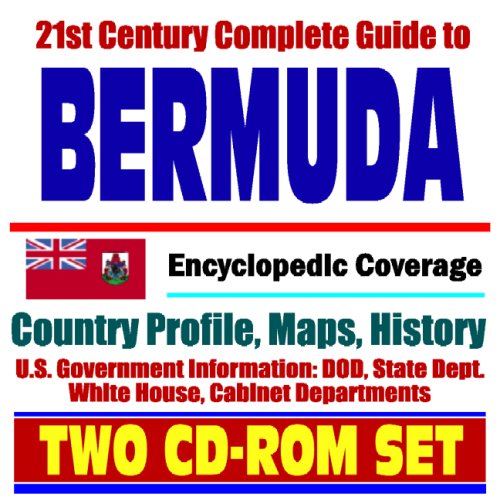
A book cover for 21st Century Complete Guide to Bermuda - Encyclopedic Coverage, Country Profile, History, DOD, State Dept., White House, CIA Factbook - (Two CD-ROM Set); U.S. Government; Travel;